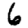
Digit: 6